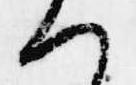
へ